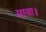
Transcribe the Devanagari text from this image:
माया।